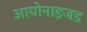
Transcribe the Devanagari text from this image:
आयोनाइजड